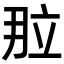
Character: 𬔙